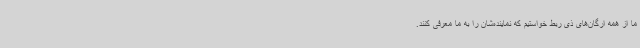
ما از همه ارگان‌های ذی ربط خواستیم که نماینده‌شان را به ما معرفی کنند.